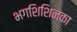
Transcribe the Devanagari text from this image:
भगशिशिनका